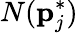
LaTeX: N(\mathbf{p}_{j}^{*})